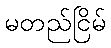
မတည်ငြိမ်